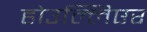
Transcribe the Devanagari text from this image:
होउल्लिएर